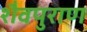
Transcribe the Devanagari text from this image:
शैवपुराण